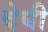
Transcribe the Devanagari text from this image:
देघी